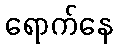
ရောက်နေ